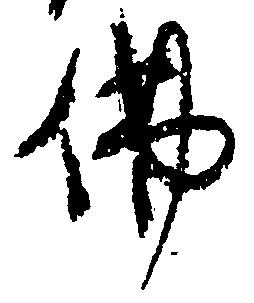
仏